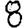
Digit: 8